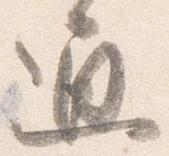
通